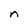
Character: n